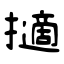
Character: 擿